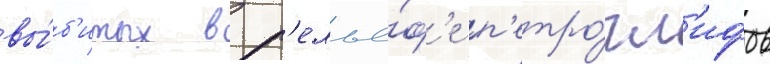
вы́б'итых в р'елье́ф'е п'етро́гл'ифов